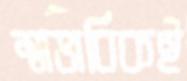
স্বাভাবিকই